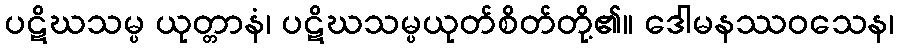
ပဋိဃသမ္ပ ယုတ္တာနံ၊ ပဋိဃသမ္ပယုတ်စိတ်တို့၏။ ဒေါမနဿဝသေန၊